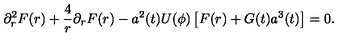
\partial _ { r } ^ { 2 } F ( r ) + \frac 4 { r } \partial _ { r } F ( r ) - a ^ { 2 } ( t ) U ( \phi ) \left[ F ( r ) + G ( t ) a ^ { 3 } ( t ) \right] = 0 .